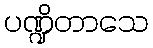
ပဏ္ဍိတာသေ